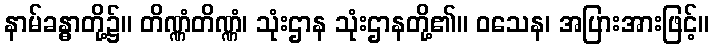
နာမ်ခန္ဓာတို့၌။ တိဏ္ဏံတိဏ္ဏံ၊ သုံးဌာန သုံးဌာနတို့၏။ ဝသေန၊ အပြားအားဖြင့်။